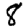
Digit: 8